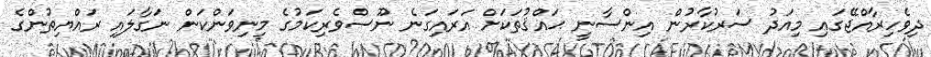
ދިވެހިރާއްޖޭގައި މިއަދު ސަރުކާރުން އިންސާނީ ޙައްޤުތަކަށް އަރައިގަނެ ނޫސްވެރިކަމުގެ މިނިވަންކަން ނަގާލައި ރައްޔިތުންގެ